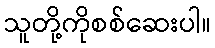
သူတို့ကိုစစ်ဆေးပါ။